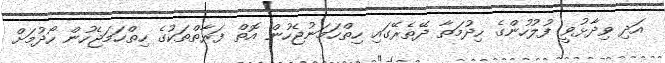
އަދި ވިދާޅުވީ ފުލުހުންގެ ހިދުމަތާ ދޭތެރޭގައި ހިތްހަމަނުޖެހުން އޮތް ފަރާތްތަކުގެ ހިތްހަމަޖެހުން ހޯދުމަށް